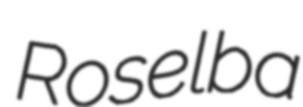
Roselba